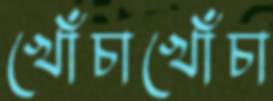
খোঁচাখোঁচা